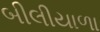
બીલીયાળા